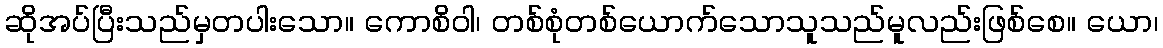
ဆိုအပ်ပြီးသည်မှတပါးသော။ ကောစိဝါ၊ တစ်စုံတစ်ယောက်သောသူသည်မူလည်းဖြစ်စေ။ ယော၊